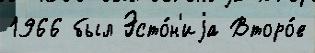
1966 был Эсто́н'иjа Второ́е